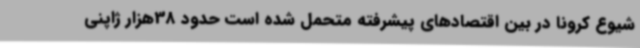
شیوع کرونا در بین اقتصادهای پیشرفته متحمل شده است حدود 38هزار ژاپنی